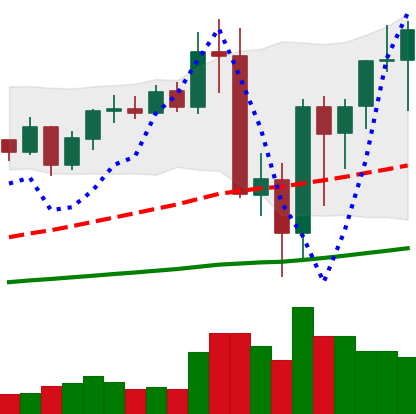
Ticker: BNB-USD
Chart end date: 2020-09-11
Forward return: 9.874%
Label: up_7plus